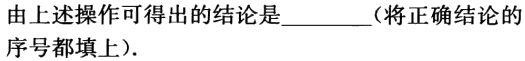
由上述操作可得出的结论是________（将正确结论的序号都填上）.